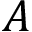
A